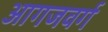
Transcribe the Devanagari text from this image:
आगजवर्ग